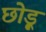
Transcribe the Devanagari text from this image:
छोड़ू